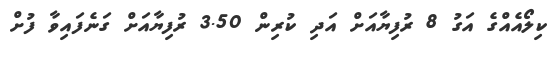
ކިލޯއެއްގެ އަގު 8 ރުފިޔާއަށް އަދި ކުރިން 3.50 ރުފިޔާއަށް ގަނެފައިވާ ފުށް